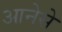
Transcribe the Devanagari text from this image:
आनेसे